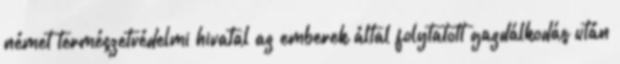
német természetvédelmi hivatal az emberek által folytatott gazdálkodás után